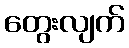
တွေးလျက်